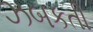
ઝબકતી